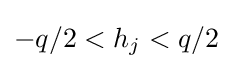
-q/2<h_{j}<q/2